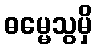
ဓမ္မေသွမှိ